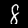
Digit: 8